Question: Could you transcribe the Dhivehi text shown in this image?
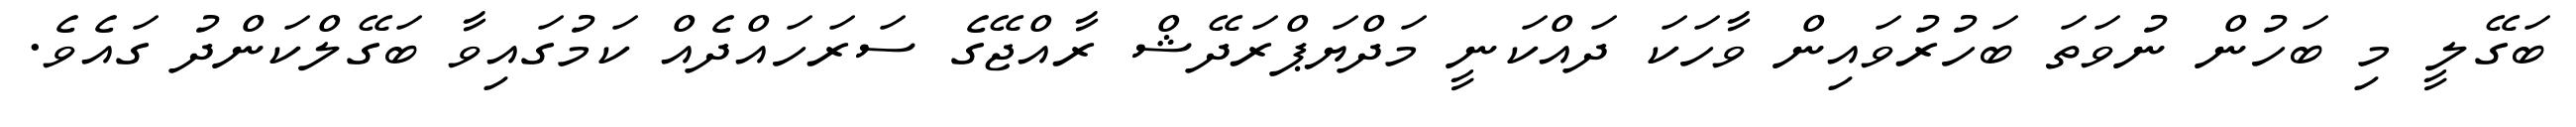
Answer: ބަގޭލީ މި ބަހުން ނުވަތަ ބަހުރުވައިން ވާހަކަ ދައްކަނީ މަދްޔަޕްރަދޭޝް ރާއްޖޭގެ ސަރަހައްދެއް ކަމުގައިވާ ބަގޭލްކަންދު ގައެވެ.